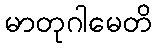
မာတုဂါမေတိ